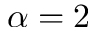
\alpha = 2